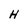
Character: H